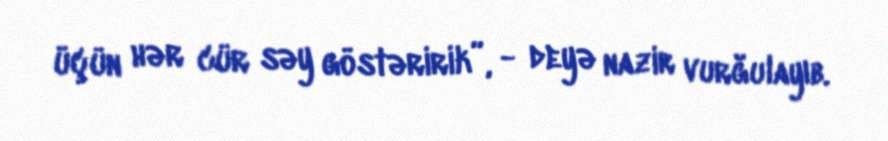
üçün hər cür səy göstəririk”, - deyə nazir vurğulayıb.